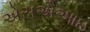
એસએઆઇ